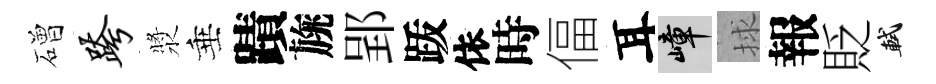
磳跨漿垂蹟旐郢䟦依時偪耳嶂捄報貶軾